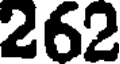
262